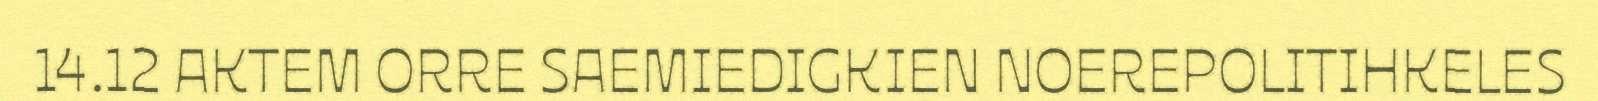
14.12 AKTEM ORRE SAEMIEDIGKIEN NOEREPOLITIHKELES